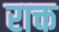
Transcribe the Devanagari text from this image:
राक्त